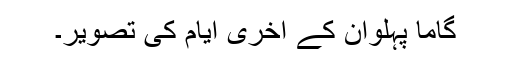
گاما پہلوان کے آخری ایام کی تصویر۔